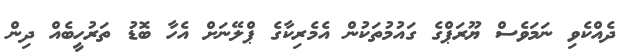
ދެއްކެވި ނަމަވެސް ޔޫރަޕްގެ ގައުމުތަކުން އެމެރިކާގެ ޕްލޭނަށް އެހާ ބޮޑު ތަރުހީބެއް ދިން